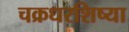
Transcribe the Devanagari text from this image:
चक्रधरशिष्या